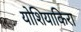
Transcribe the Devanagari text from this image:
योशियाकिरा